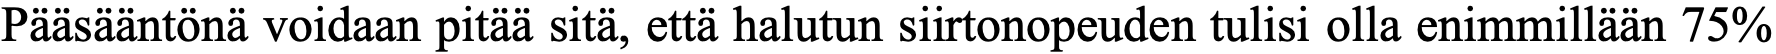
Pääsääntönä voidaan pitää sitä, että halutun siirtonopeuden tulisi olla enimmillään 75%